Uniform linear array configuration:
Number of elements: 24
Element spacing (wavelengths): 0.5
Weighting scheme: hann
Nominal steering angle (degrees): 45
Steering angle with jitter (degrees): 44.872
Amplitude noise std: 0.05
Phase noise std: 0.05

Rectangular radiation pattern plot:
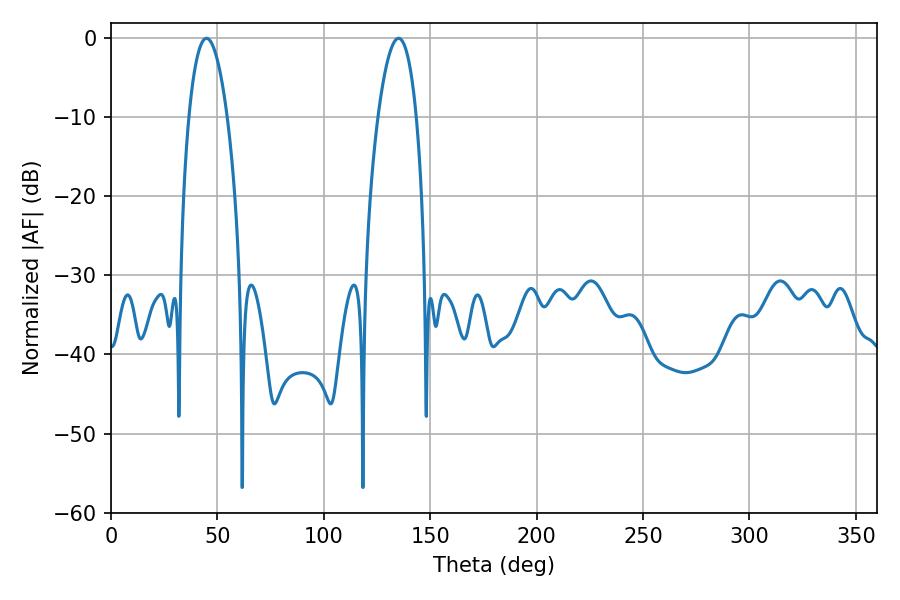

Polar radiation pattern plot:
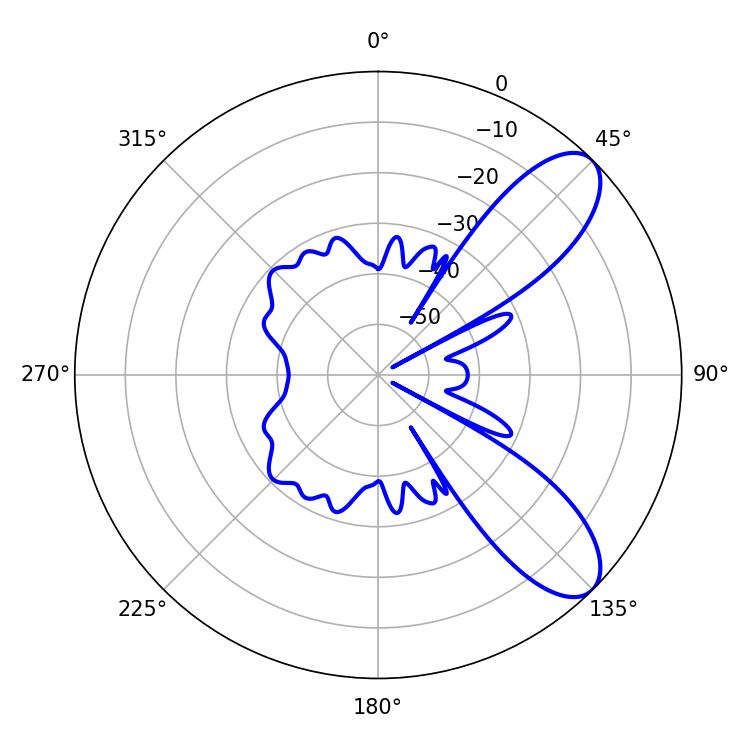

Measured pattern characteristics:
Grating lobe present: FALSE
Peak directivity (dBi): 8.792
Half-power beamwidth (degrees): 9.9
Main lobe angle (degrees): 44.82